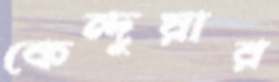
কেন্দুয়ার